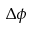
\Delta \phi